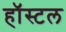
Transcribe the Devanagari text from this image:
हॉस्‍टल